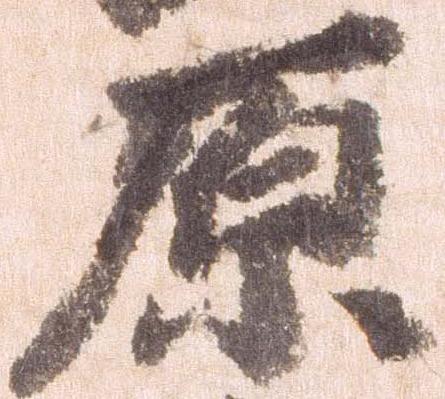
原